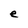
Character: e